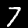
Digit: 7